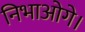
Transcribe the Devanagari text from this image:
निभाओगे।